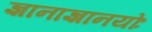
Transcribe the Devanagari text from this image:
ज्ञानाज्ञानयोः